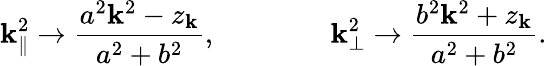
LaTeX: \mathbf{k}_{\| }^{2}\to\frac{{a^{2}\mathbf{k}^{2}-z_{\mathbf{k}}}}{{a^{2}+b^{2}}},\qquad\qquad\mathbf{k}_{\bot}^{2}\to\frac{{b^{2}\mathbf{k}^{2}+z_{\mathbf{k}}}}{{a^{2}+b^{2}}}.